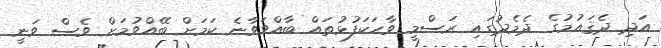
އަދި ދެޤައުމުގެ ދެމެދުގައި ރަސްމީ ވާހަކަފުޅުތައް ބާއްވަވާނެ ކަމަށް ބޭއްވުމަށް ވެސް ވަނީ